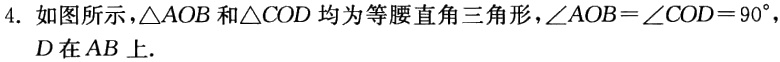
4. 如图所示，\(\triangle AOB\)和\(\triangle COD\)均为等腰直角三角形，\(\angle AOB = \angle COD = 90^{\circ}\)，\(D\)在\(AB\)上.